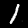
Digit: 1